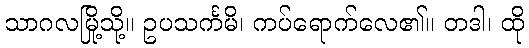
သာဂလမြို့သို့။ ဥပသင်္ကမိ၊ ကပ်ရောက်လေ၏။ တဒါ၊ ထို